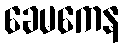
ခေမကေန